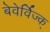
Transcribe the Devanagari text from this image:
बेवेर्विज्क्